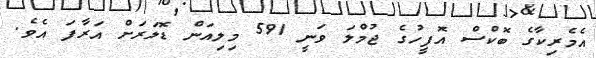
އެމެރިކާގެ ބޮކްސް އޮފީހުގެ ޖުމްލަ ވަނީ 591 މިލިއަން ޑޮލަރަށް އަރާފަ އެވެ.